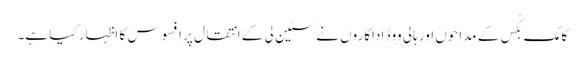
کامک بکُس کے مداحوں اور ہالی ووڈ اداکاروں نے سٹین لی کے انتقال پر افسوس کا اظہار کیا ہے۔